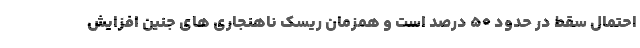
احتمال سقط در حدود ۵۰ درصد است و همزمان ریسک ناهنجاری های جنین افزایش